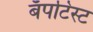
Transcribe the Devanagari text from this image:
बॅपटिस्ट